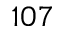
1 0 7